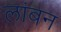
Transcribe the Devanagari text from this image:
लांबन